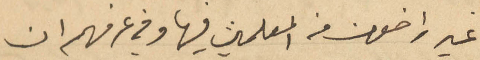
غير راضون من المعلمين فيها وفي عرفهم ان